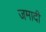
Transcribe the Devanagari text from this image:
जमादी